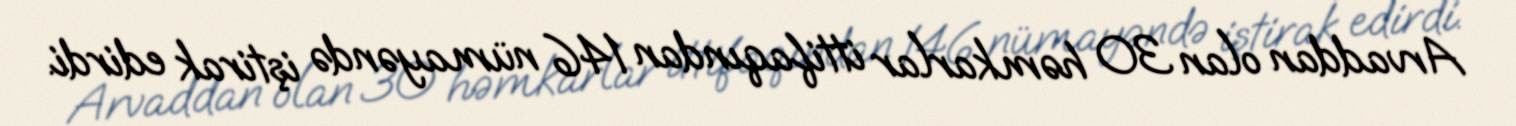
Arvaddan olan 30 həmkarlar ittifaqından 146 nümayəndə iştirak edirdi.